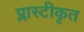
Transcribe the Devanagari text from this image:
प्लास्टीकृत